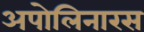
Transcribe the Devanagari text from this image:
अपोलिनारस